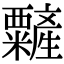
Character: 䊲